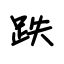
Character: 跌